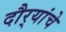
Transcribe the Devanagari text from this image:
दौर्‍यांचे